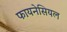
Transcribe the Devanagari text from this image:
फायनेसियल